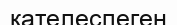
қателеспеген